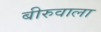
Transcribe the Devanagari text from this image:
बीरुवाला